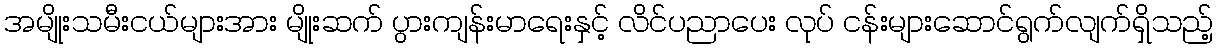
အမျိုးသမီးငယ်များအား မျိုးဆက် ပွားကျန်းမာရေးနှင့် လိင်ပညာပေး လုပ် ငန်းများဆောင်ရွက်လျက်ရှိသည့်